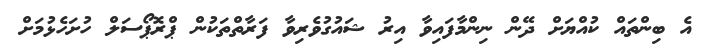
އެ ބިންތައް ކުއްޔަށް ދޭން ނިންމާފައިވާ އިރު ޝައުގުވެރިވާ ފަރާތްތަކުން ޕްރޮޕޯސަލް ހުށަހެޅުމަށް